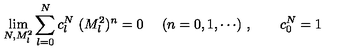
\lim _ { N , M _ { l } ^ { 2 } } \sum _ { l = 0 } ^ { N } c _ { l } ^ { N } \ ( M _ { l } ^ { 2 } ) ^ { n } = 0 \ \quad ( n = 0 , 1 , \cdots ) \ , \qquad c _ { 0 } ^ { N } = 1